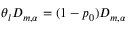
\theta _ { l } D _ { m , \alpha } = ( 1 - p _ { 0 } ) D _ { m , \alpha }